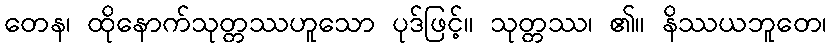
တေန၊ ထိုနောက်သုတ္တဿဟူသော ပုဒ်ဖြင့်။ သုတ္တဿ၊ ၏။ နိဿယဘူတေ၊